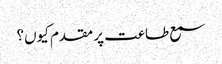
سمع طاعت پر مقدم کیوں؟